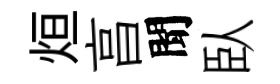
烜亯聞臥